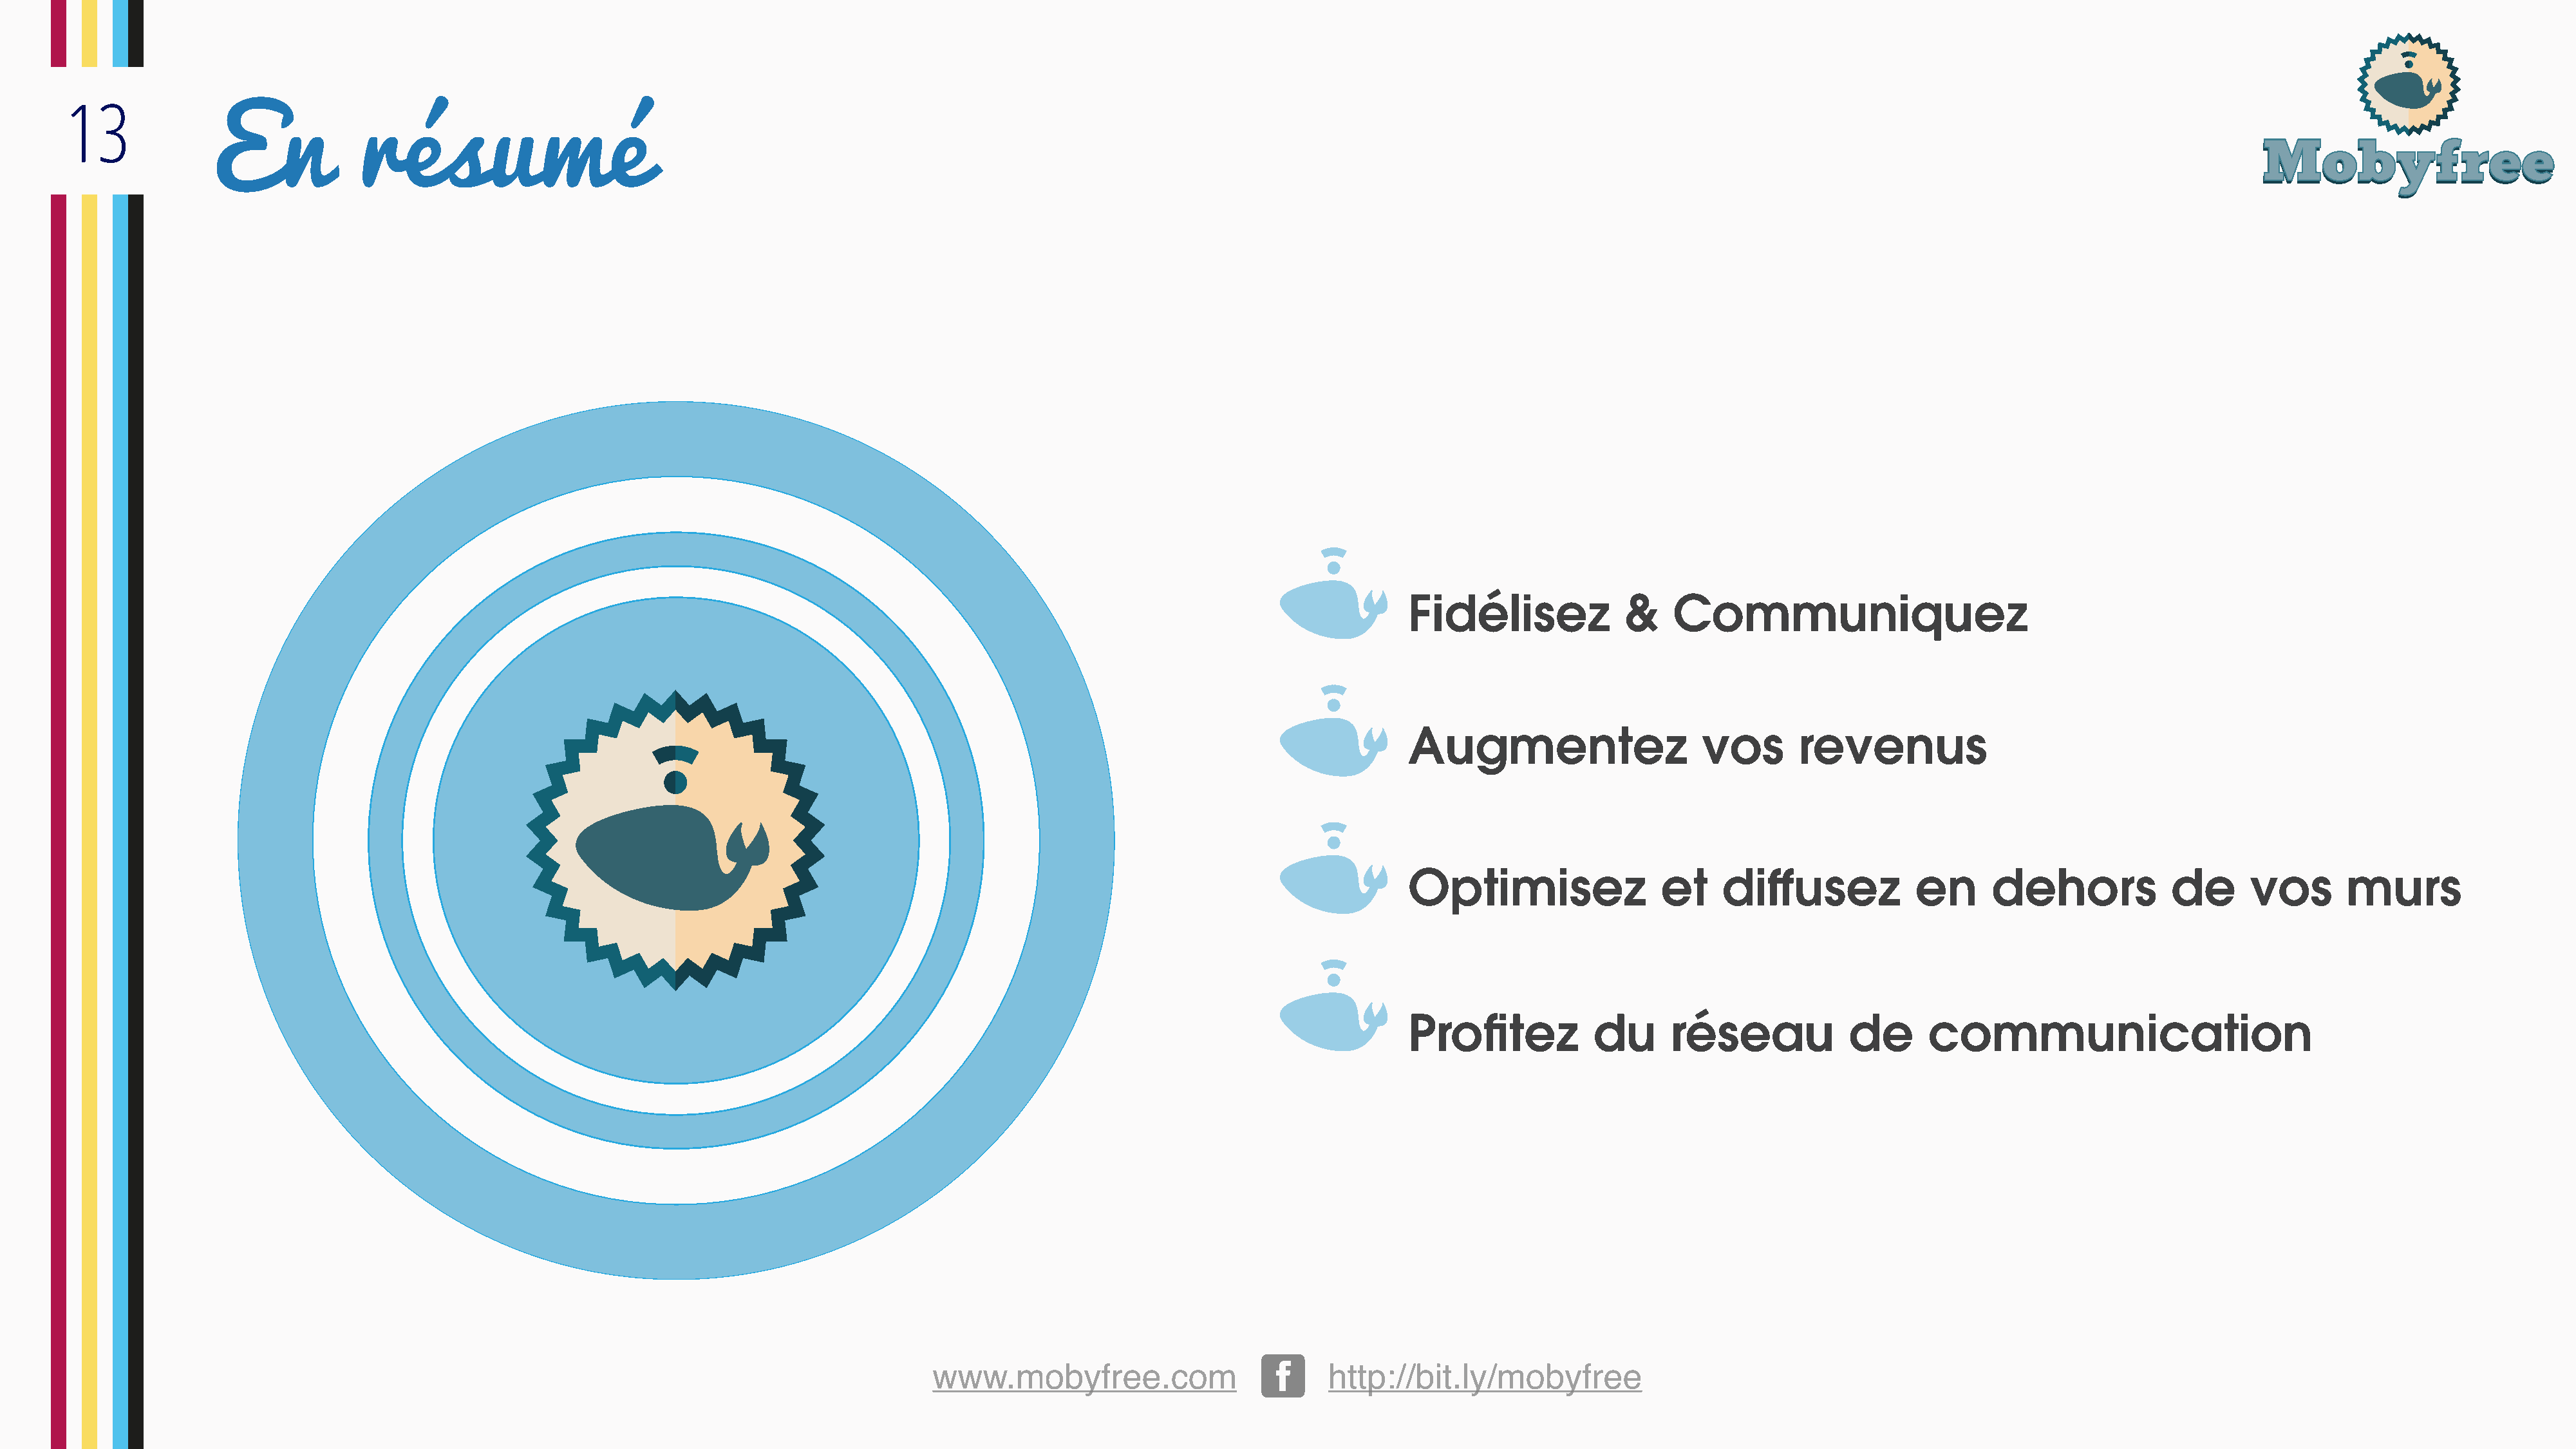
13
 En             résumé
 Fidélisez             &    Communiquez
 Augmentez                     vos       revenus
 www.mobyfree.com                         http://bit.ly/mobyfree